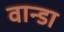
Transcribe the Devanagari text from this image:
वान्डा